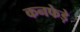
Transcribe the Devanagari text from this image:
कनफेड़े